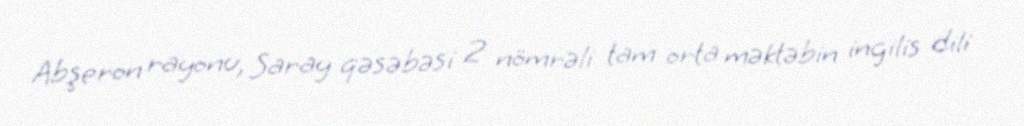
Abşeron rayonu, Saray qəsəbəsi 2 nömrəli tam orta məktəbin ingilis dili